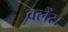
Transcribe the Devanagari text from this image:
वर्लैंस